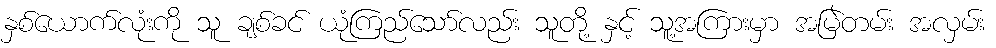
နှစ်ယောက်လုံးကို သူ ချစ်ခင် ယုံကြည်သော်လည်း သူတို့ နှင့် သူ့အကြားမှာ အမြဲတမ်း အလှမ်း